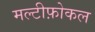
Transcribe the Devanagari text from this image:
मल्टीफ़ोकल